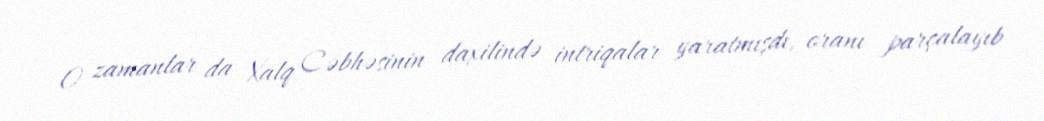
O zamanlar da Xalq Cəbhəsinin daxilində intriqalar yaratmışdı, oranı parçalayıb